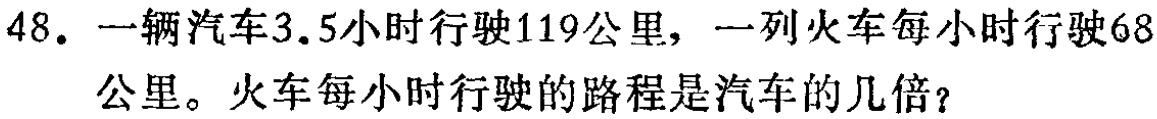
48. 一辆汽车3.5小时行驶119公里，一列火车每小时行驶68公里。火车每小时行驶的路程是汽车的几倍？